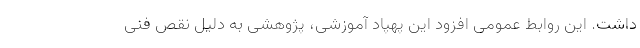
داشت. این روابط عمومی افزود این پهپاد آموزشی، پژوهشی به دلیل نقص فنی